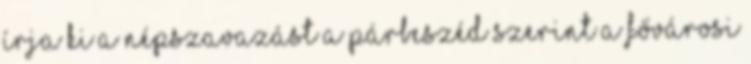
írja ki a népszavazást A Párbeszéd szerint a Fővárosi